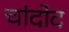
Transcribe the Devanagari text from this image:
चांदोद